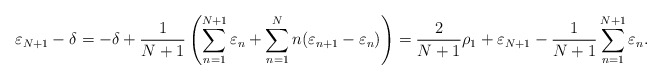
\begin{align*}\varepsilon_{N+1}-\delta &= -\delta +\frac{1}{N+1}\left(\sum_{n=1}^{N+1}\varepsilon_n +\sum_{n=1}^N n(\varepsilon_{n+1}-\varepsilon_n)\right) = \frac{2}{N+1}\rho_1 +\varepsilon_{N+1}-\frac{1}{N+1}\sum_{n=1}^{N+1}\varepsilon_n.\end{align*}